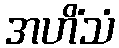
အဟိံသံ